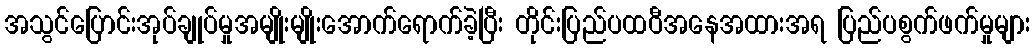
အသွင်ပြောင်းအုပ်ချုပ်မှုအမျိုးမျိုးအောက်ရောက်ခဲ့ပြီး တိုင်းပြည်ပထဝီအနေအထားအရ ပြည်ပစွက်ဖက်မှုများ